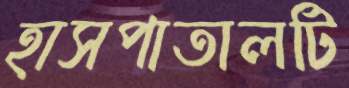
হাসপাতালটি